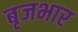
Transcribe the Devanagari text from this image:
बृजभार